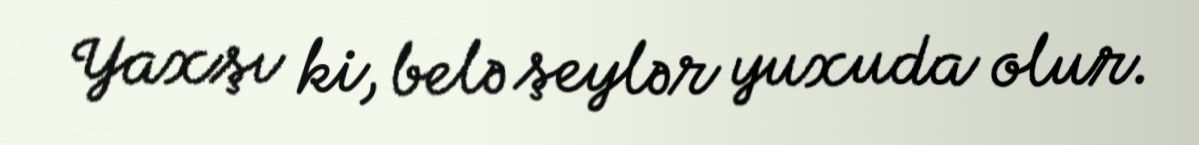
Yaxşı ki, belə şeylər yuxuda olur.